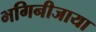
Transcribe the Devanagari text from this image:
भगिनीजाया